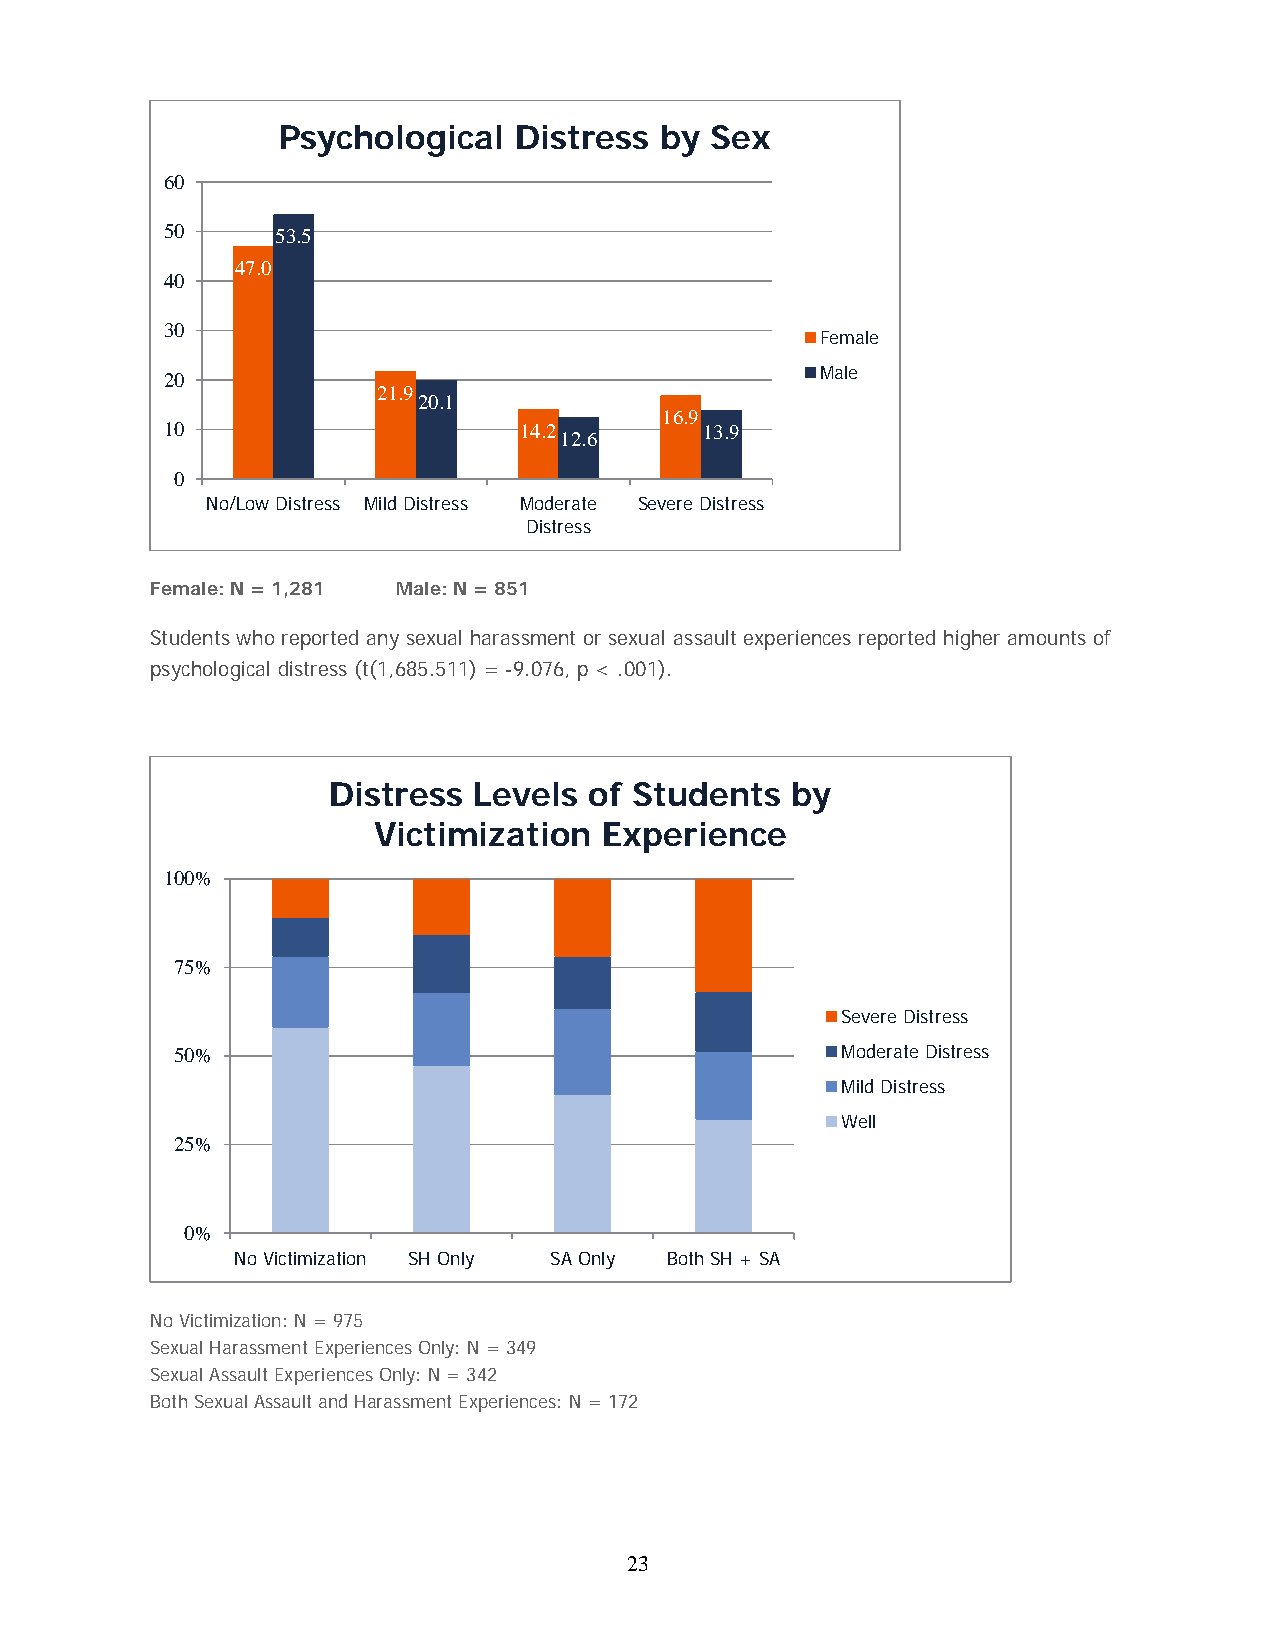
Psychological   Distress  by Sex
 60
 50     53.5
 47.0
 40
 30
 Female
 20                                         Male
 21.9
 20.1
 16.9
 10                     14.2         13.9
 12.6
 0
 No/Low Distress Mild Distress Moderate Severe Distress
 Distress
 Female: N = 1,281 Male: N = 851
 Students who reported any sexual harassment or sexual assault experiences reported higher amounts of
 psychological distress (t(1,685.511) = -9.076, p < .001).
 Distress Levels  of Students  by
 Victimization  Experience
 100%
 75%
 Severe Distress
 50%                                         Moderate Distress
 Mild Distress
 Well
 25%
 0%
 No Victimization SH Only SA Only Both SH + SA
 No Victimization: N = 975
 Sexual Harassment Experiences Only: N = 349
 Sexual Assault Experiences Only: N = 342
 Both Sexual Assault and Harassment Experiences: N = 172
 23